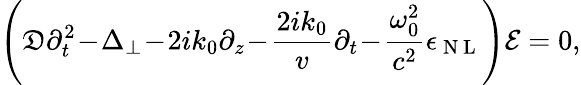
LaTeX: \left(\mathfrak{D}\partial_{t}^{2}\! -\! \Delta_{\perp}\! -\! 2ik_{0}\partial_{z}\! -\! \frac{{2ik_{0}}}{{v}}\partial_{t}\! -\! \frac{{\omega_{0}^{2}}}{{c^{2}}}\epsilon_{\mathrm{{~N~L~}}}\right)\mathcal{{E}}=0,